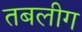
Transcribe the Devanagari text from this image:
तबलीग